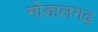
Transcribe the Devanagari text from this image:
मोडालगढ़